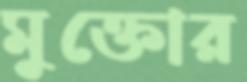
মুক্তোর